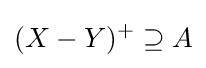
(X-Y)^{+}\supseteq A